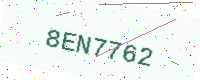
Text: 8EN7762